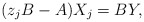
\begin{align*}(z_jB-A)X_j = BY,\end{align*}